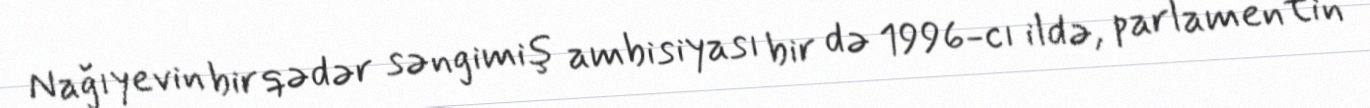
Nağıyevin bir qədər səngimiş ambisiyası bir də 1996-cı ildə, parlamentin